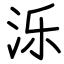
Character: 泺